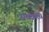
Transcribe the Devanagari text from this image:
सच्छास्त्र